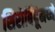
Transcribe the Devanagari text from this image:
शिरोबिंदूंमध्ये